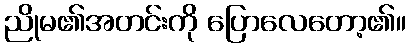
ညိုမ၏အတင်းကို ပြောလေတော့၏။